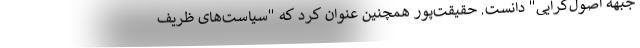
جبهه اصول‌گرایی" دانست. حقیقت‌پور همچنین عنوان کرد که "سیاست‌های ظریف